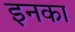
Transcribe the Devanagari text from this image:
इनका